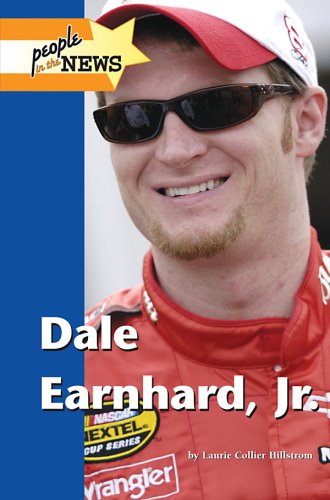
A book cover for Dale Earnhardt Jr. (People in the News); Laurie Collier Hillstrom; Teen & Young Adult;